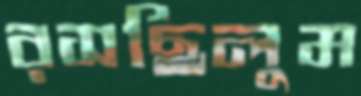
রসছিলুম